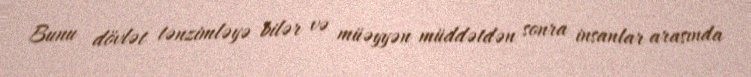
Bunu dövlət tənzimləyə bilər və müəyyən müddətdən sonra insanlar arasında